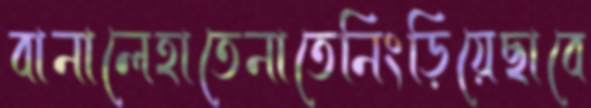
বানালেহাতেনাতেনিংড়িয়েছাবে